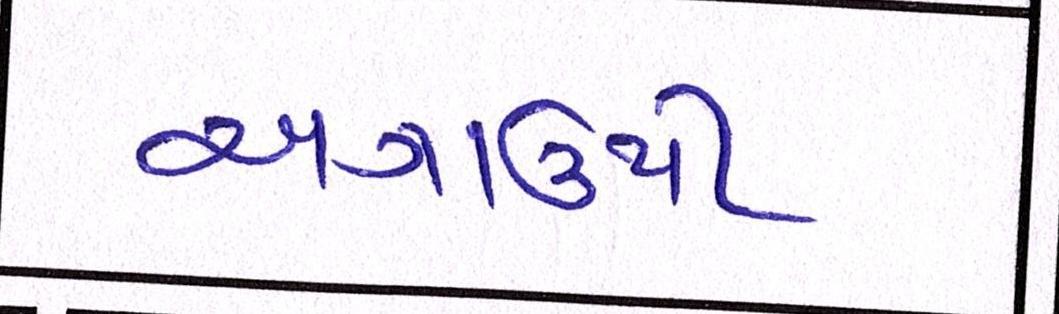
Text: અગાઉથી